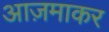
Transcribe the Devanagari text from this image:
आज़माकर